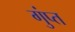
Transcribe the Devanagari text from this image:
गुंप्त